Annual report on the health of the army in India
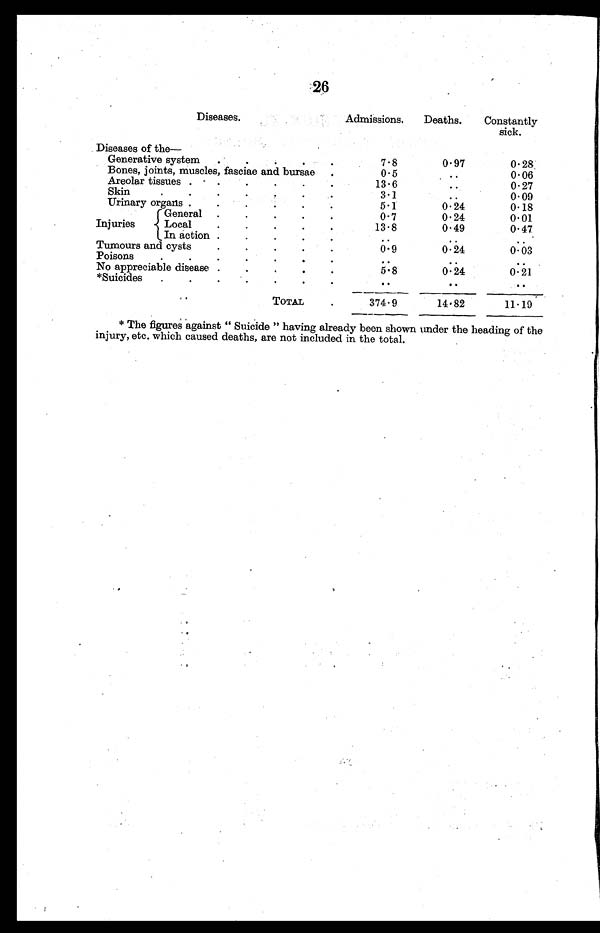
26
Diseases.
Admissions.
Deaths.
Constantly
sick.
Diseases of the
Generative system
.
.
.
.
.
7.8
0.97
0.28
Bones, joints, muscles, fasciae and bursae
.
0.5
0.06
Areolar tissues .
.
.
.
.
.
13.6
..
0.27
Skin
3.1
..
0.09
Urinary organs .
.
.
.
.
.
5.1
0.24
0.18
Injuries
.
.
.
.
.
0.7
0.24
0.01
{General
Local
.
.
.
.
.
13.8
0.49
0.47
In action .
.
.
.
. ..
..
..
Tumours and cysts
.
.
.
.
0.9
0.24
0.03
Poisons.
.
.
.
.
.
. ..
..
..
No appreciable disease .
.
.
.
.
5.8
0.24
0.21
*Suicides
.
.
.
..
. .
..
TOTAL
.
374.9
14.82
11.19
* The figures against " Suicide " having already been shown under the heading of the
injury, etc. which caused deaths, are not included in the total.